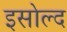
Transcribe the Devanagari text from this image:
इसोल्द